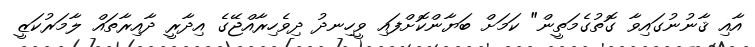
އާއި ޤާނުނުގައިވާ ގޮތުގެމަތީން" ކަމަށް ބަޔާންކޮށްފައި ވީހިނދު ދިވެހިރާއްޖޭގެ އިދާރީ ދާއިރާތައް ލާމަރުކަޒީ